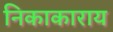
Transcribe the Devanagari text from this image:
निकाकाराय